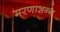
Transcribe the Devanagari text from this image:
मरणाशन्‍न